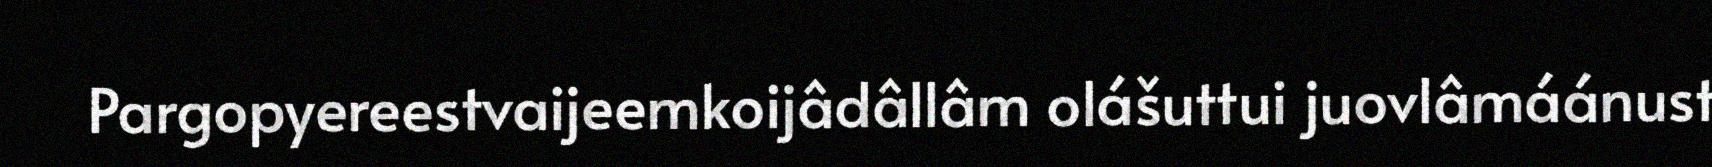
Pargopyereestvaijeemkoijâdâllâm olášuttui juovlâmáánust